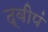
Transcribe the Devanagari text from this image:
द्वीपं